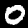
Label: 0